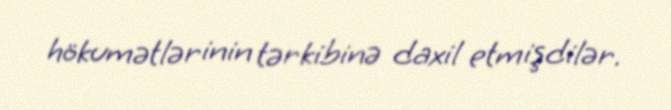
hökumətlərinin tərkibinə daxil etmişdilər.